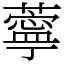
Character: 薴